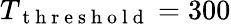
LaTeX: T_{\mathrm{~t~h~r~e~s~h~o~l~d~}}=300